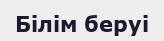
Білім беруі